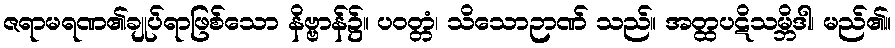
ဇရာမရဏ၏ချုပ်ရာဖြစ်သော နိဗ္ဗာန်၌။ ပဝတ္တံ၊ သိသောဉာဏ် သည်။ အတ္ထပဋိသမ္ဘိဒါ၊ မည်၏။